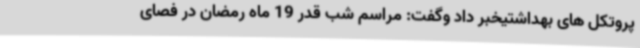
پروتکل های بهداشتیخبر داد وگفت: مراسم شب قدر 19 ماه رمضان در فصای